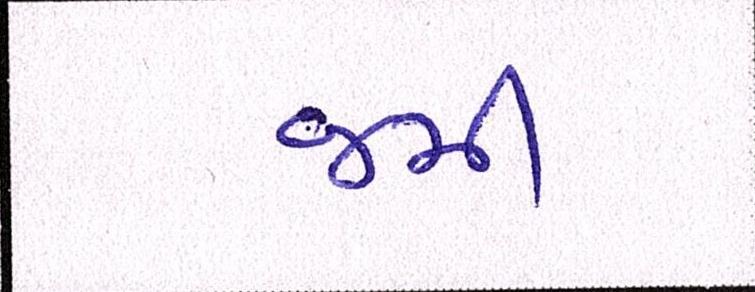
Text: જમી